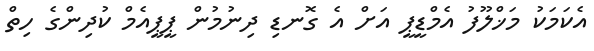
އެކަމަކު މަޚްލޫފު އެމްޑީޕީ އަށް އެ ގޮނޑި ދިނުމުން ޕީޕީއެމް ކުދިންގެ ހިތް